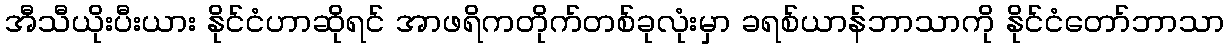
အီသီယိုးပီးယား နိုင်ငံဟာဆိုရင် အာဖရိကတိုက်တစ်ခုလုံးမှာ ခရစ်ယာန်ဘာသာကို နိုင်ငံတော်ဘာသာ